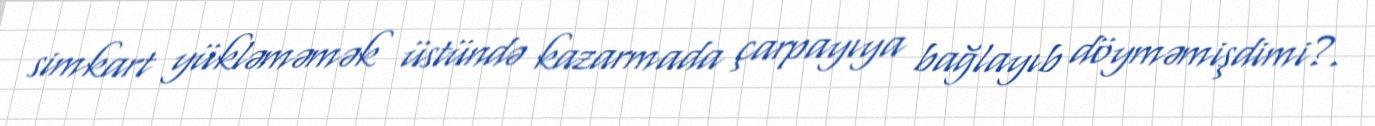
simkart yükləməmək üstündə kazarmada çarpayıya bağlayıb döyməmişdimi?.